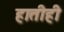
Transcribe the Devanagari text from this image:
हातीही